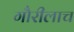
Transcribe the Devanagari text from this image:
गौरीलाच